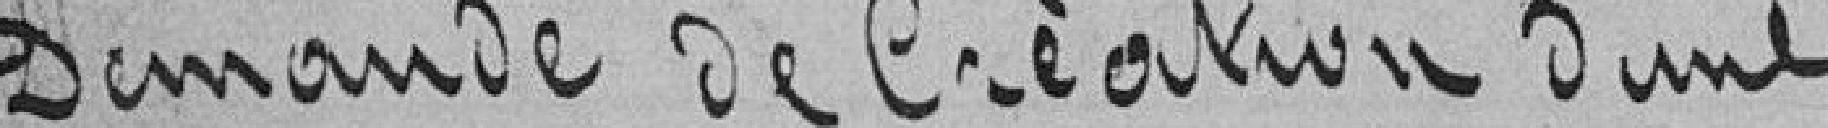
Demande de création d'une